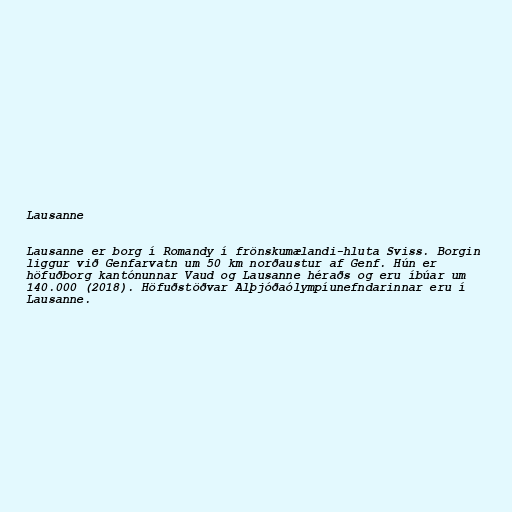
Lausanne

Lausanne er borg í Romandy í frönskumælandi-hluta Sviss. Borgin
liggur við Genfarvatn um 50 km norðaustur af Genf. Hún er
höfuðborg kantónunnar Vaud og Lausanne héraðs og eru íbúar um
140.000 (2018). Höfuðstöðvar Alþjóðaólympíunefndarinnar eru í
Lausanne.